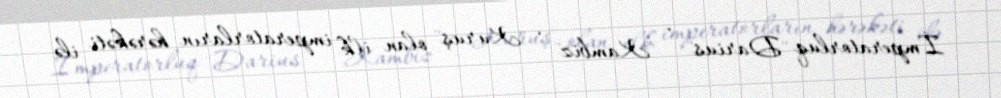
İmperatorluq "Darius" , "Kambiz" , "Kuruş" olan ilk imperatorların hərəkəti ilə